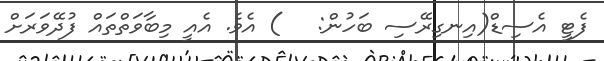
ފެޓީ އެސިޑް(އިނގިރޭސި ބަހުން:   ) އެވެ. އެއީ މިބާވަތްތައް ފުދޭވަރަށް